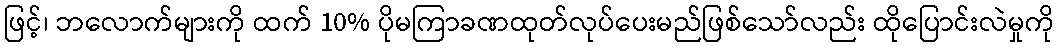
ဖြင့်၊ ဘလောက်များကို ထက် 10% ပိုမကြာခဏထုတ်လုပ်ပေးမည်ဖြစ်သော်လည်း ထိုပြောင်းလဲမှုကို